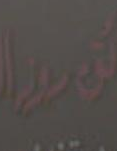
مدير